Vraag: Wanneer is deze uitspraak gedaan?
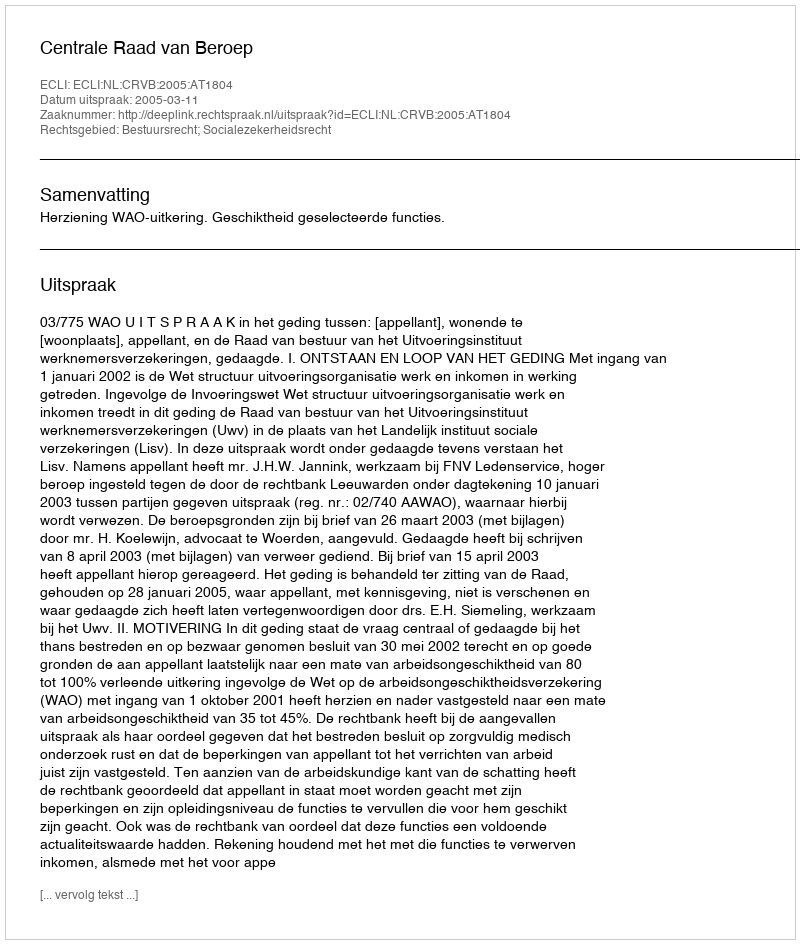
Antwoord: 2005-03-11